Civil Veterinary Dept. Bombay admin report 1932-41 - 1932-1941
Year: 1932
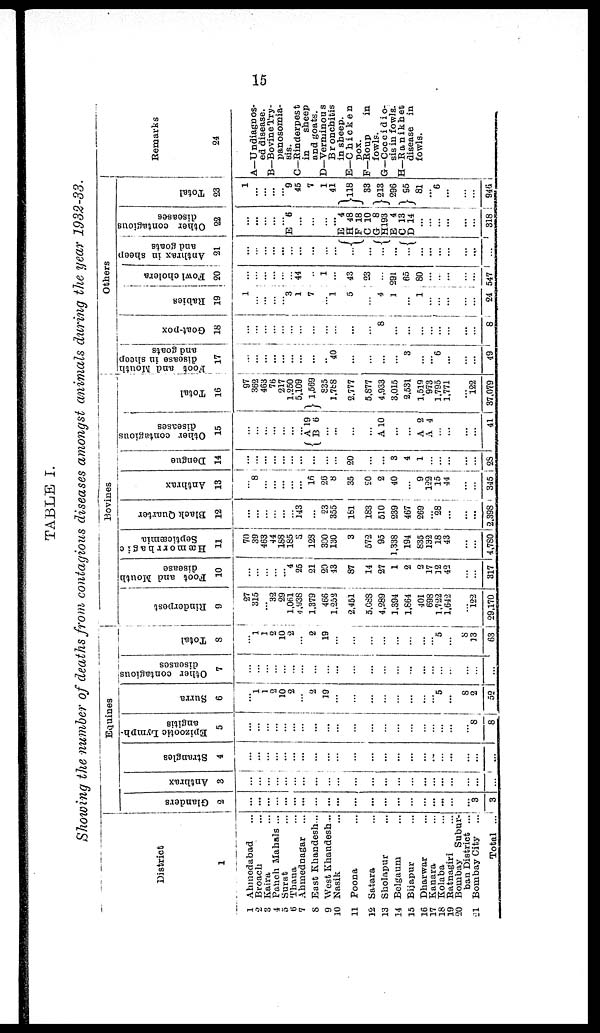
15
TABLE I.
Showing the number of deaths from contagious diseases amongst animals during the year 1932-33.
District
1
1 Ahmedabad ...
2 Broach ...
3 Kaira ...
4 Panch Mahals ...
5 Surat ...
6 Thana ...
7 Ahmednagar ...
8 East Khandesh...
9 West Khandesh...
10 Nasik ...
11 Poona ...
12 Satara ...
13 Sholapur ...
14 Belgaum ...
15 Bijapur ...
16 Dharwar ...
17 Kanara ...
18 Kolaba ...
19 Ratnagiri ...
20 Bombay
Subur-
ban District ...
21 Bombay City ...
Total ...
Equines
Glanders
2
...
...
...
...
...
...
...
...
...
...
...
...
...
...
...
...
...
...
...
... 3
3
Anthrax
3
...
...
...
...
...
...
...
...
...
...
...
...
...
...
...
...
...
...
...
...
Strangles
4
...
...
...
...
...
...
...
...
...
...
...
...
...
...
...
...
...
...
...
...
...
...
Epizootic Lymph-
angitis
5
...
...
...
...
...
...
...
...
...
...
...
...
...
...
...
...
...
...
...
...
8
8
Surra
6
...
1
1
2
10
2
...
2
19
...
...
...
...
...
...
...
... 5
...
8
2
52
Other contagious
diseases
7
...
...
...
...
...
...
...
...
...
...
...
...
...
...
...
...
...
...
...
...
...
...
Total
8
...
1
1
2
10
2
...
2
19
...
...
...
...
...
...
...
...
... 5
...
8
13
63
Bovines
Rinderpest
9
27
315
... 32
29
1,061
4,938
1,379
466
1,253
2,461
3,088
4,289
1,394
1,664
401
698
1,722
1,642
...
122
29,170
Foot and Mouth
disease
10
...
...
...
...
4
25
21
20
43
87
14
27
1
2
2
17
12
42
...
...
317
Hæmorrhagic
Septicæmia
11
70
39
463
44
188
185
5
123
300
130
3
572
95
1.338
194
835
132
18
43
...
...
4,780
Black Quarter
12
...
...
...
...
...
... 143
...
23
355
181
183
510
239
467
269
... 28
...
...
...
2,398
Anthrax
.1
13
...
8
...
...
...
...
...
16
26
8
35
20
2
40
...
9
122
15
44
...
...
345
1
Dengue
14
...
...
...
...
...
...
...
...
...
...
20
...
...
3
4
1
...
...
...
...
...
28
Other contagious
diseases
15
...
... ...
... ...
...
... ...
A 19
B 6
...
...
...
...
A 10
...
...
A 2
A 4
...
...
...
...
41
Total
16
97
362
463
76
217
1,250
5,109
1,569
835
1,788
2,777
5,877
4,933
3,015
2,531
1,519
973
1,795
1,771
...
122
37,079
Others
Foot and Mouth
disease in sheep
and goats
17
...
...
...
...
...
...
...
...
... 40
...
...
...
...
3
...
... 6
...
...
...
49
Goat-pox
18
...
...
...
...
...
...
...
...
...
...
...
...
8
...
...
...
... ...
...
...
...
8
Rabies
19
1
...
...
...
... 3
1
7
... 1
5
...
4
1
...
1
...
...
... 1
...
...
24
Fowl cholera
20
...
...
...
...
...
... 44
...
1
...
43
23
...
291
65
80
...
...
...
...
...
547
Anthrax in sheep
and goats
21
...
...
...
...
...
...
...
...
...
...
...
...
...
...
...
...
...
...
...
...
...
...
Other contagious
diseases
22
...
...
...
...
... E 6
...
...
...
...
E 4
H 48
F 18
C 10
G 8
H193
E 4
C 13
D 14
...
...
...
...
...
318
Total
23
1
...
...
...
... 9
45
7
1
41
118
33
213
296
95
81
... 6
...
...
...
946
Remarks
24
A—Undiagnos-
ed disease.
B—Bovine Try-
panosomia-
sis.
C—Rinderpest
in
sheep
and goats.
D—Verminous
Bronchitis
in sheep.
E—C h i c k e n
pox.
F—Roup
in
fowls.
G—Coccidio-
sis in fowls.
H—Ranikhet
disease in
fowls.